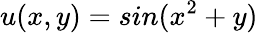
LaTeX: u(x,y)=sin(x^{2}+y)